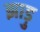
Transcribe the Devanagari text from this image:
झाड़ु